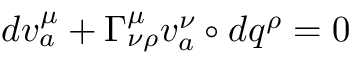
d v _ { a } ^ { \mu } + \Gamma _ { \nu \rho } ^ { \mu } v _ { a } ^ { \nu } \circ d q ^ { \rho } = 0